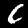
Label: 6